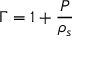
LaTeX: \Gamma = 1 + \frac P { \rho _ { s } }